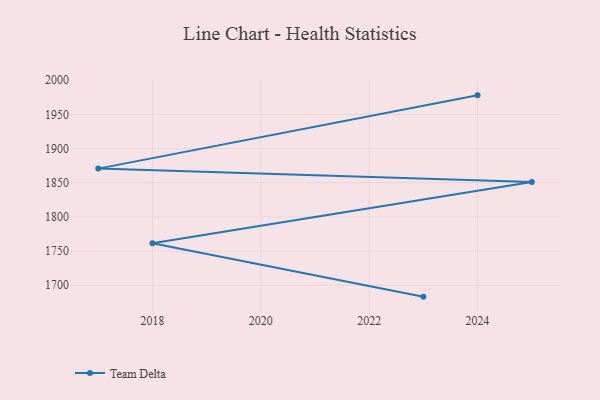
{"axis": {"x": "Year", "y": "Humidity (%)"}, "legend": ["Team Delta"], "data": [{"x": "2024", "y": 1977.8, "type": "Team Delta"}, {"x": "2017", "y": 1870.6, "type": "Team Delta"}, {"x": "2025", "y": 1851.2, "type": "Team Delta"}, {"x": "2018", "y": 1761.3, "type": "Team Delta"}, {"x": "2023", "y": 1683.3, "type": "Team Delta"}]}